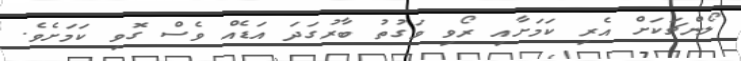
ލޯންޗަކަށް އެރި ކަމަށާއި ރޯވި ވަގުތު ބާރުގަދަ އަޑެއް ވެސް ގޮވި ކަމަށެވެ.